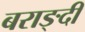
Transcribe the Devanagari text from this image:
बराङ्दी